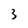
Character: 3